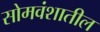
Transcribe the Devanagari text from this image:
सोमवंशातील